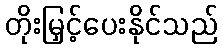
တိုးမြှင့်ပေးနိုင်သည်